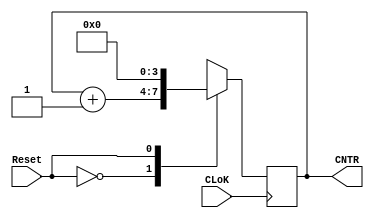
`timescale 1ns / 1ps
//////////////////////////////////////////////////////////////////////////////////
// Company: 
// 
// Design Name: 
// Module Name: COUNTER
// Project Name: 
// Target Devices: 
// Tool Versions: 
// Description: 
// 
// Dependencies: 
// 
// Revision:
// Revision 0.01 - File Created
// Additional Comments:
// 
//////////////////////////////////////////////////////////////////////////////////


module COUNTER(
    input CLoK,
    input Reset,
    output [3:0] CNTR
    );
    
    reg [3:0] PRV = 0;
    
    always @ (posedge CLoK) begin
    case (Reset)
        0 : PRV <= PRV + 1; // De ser un nmero mayor a 15, simplemente ocurrir overflow y quedar en 4'b0000
        1 : PRV <= 4'b0000;
    endcase
    end
    
    assign CNTR = PRV;
    
endmodule